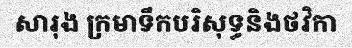
សារុង ក្រមាទឹកបរិសុទ្ធនិងថវិកា